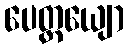
ပေတ္တယျော